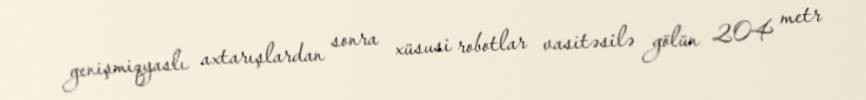
genişmiqyaslı axtarışlardan sonra xüsusi robotlar vasitəsilə gölün 204 metr